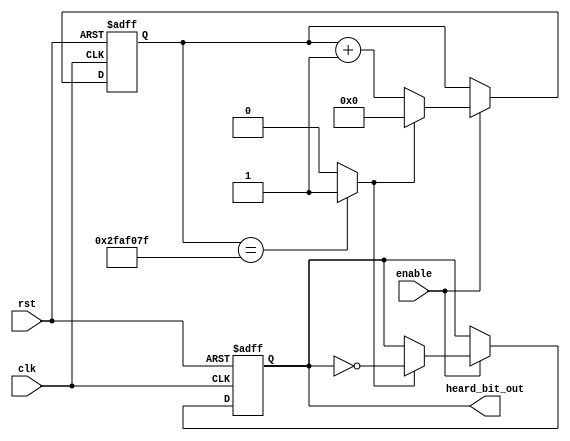
`timescale 1ns / 1ps
//////////////////////////////////////////////////////////////////////////////////
// Company: ITESO 
// Heard Bit to see a signal after synthesis for new design in a new board.
//////////////////////////////////////////////////////////////////////////////////

module Heard_Bit
 # (parameter Half_Period_Counts = 50_000_000 ) // half second for a clk of 100 MHz 
   (
    input clk,
    input rst,
    input enable,
    output reg heard_bit_out
    );
localparam Delay_Bits = $clog2(Half_Period_Counts);
    
reg [Delay_Bits-1:0] Delay_Count;
  
wire end_half_delay;    
    // Comparator
assign end_half_delay = (Delay_Count == Half_Period_Counts-1)? 1'b1 : 1'b0;


// Contador

always @(posedge rst, posedge clk)
    begin
        if (rst)
       
            Delay_Count <= {Delay_Bits{1'b0}};
        else 
            if (enable)
                if (end_half_delay)
                         Delay_Count <= {Delay_Bits{1'b0}};
                else 
                        Delay_Count <= Delay_Count + 1'b1;
             else
                Delay_Count <= Delay_Count;
     end
    
// Flip Flop T
always @(posedge rst, posedge clk)
    begin
        if (rst)
       
            heard_bit_out <= 1'b0;
        else 
            if (enable) 
                if (end_half_delay)
                    heard_bit_out <= ~heard_bit_out;
                else 
                    heard_bit_out <= heard_bit_out;
            else 
                heard_bit_out <= heard_bit_out;
     end
endmodule